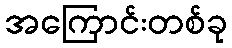
အကြောင်းတစ်ခု